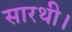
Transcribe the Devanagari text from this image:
सारथी।